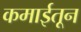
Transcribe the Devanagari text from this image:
कमाईतून